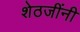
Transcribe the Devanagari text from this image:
शेठजींनी